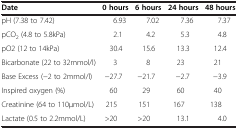
| Date | 0 hours | 6 hours | 24 hours | 48 hours |
 | --- | --- | --- | --- | --- |
 | pH (7.38 to 7.42) | 6.93 | 7.02 | 7.36 | 7.37 |
 | pCO2 (4.8 to 5.8kPa) | 2.1 | 4.2 | 5.3 | 4.8 |
 | pO2 (12 to 14kPa) | 30.4 | 15.6 | 13.3 | 12.4 |
 | Bicarbonate (22 to 32mmol/l) | 3 | 8 | 23 | 21 |
 | Base Excess (−2 to 2mmol/l) | −27.7 | −21.7 | −2.7 | −3.9 |
 | Inspired oxygen (%) | 60 | 29 | 60 | 40 |
 | Creatinine (64 to 110μmol/L) | 215 | 151 | 167 | 138 |
 | Lactate (0.5 to 2.2mmol/L) | >20 | >20 | 13.1 | 4.0 |